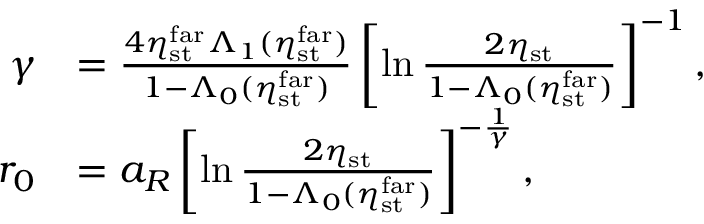
\begin{array} { r l } { \gamma } & { = \frac { 4 \eta _ { \mathrm { s t } } ^ { \mathrm { f a r } } \Lambda _ { 1 } ( \eta _ { \mathrm { s t } } ^ { \mathrm { f a r } } ) } { 1 - \Lambda _ { 0 } ( \eta _ { \mathrm { s t } } ^ { \mathrm { f a r } } ) } \left[ \ln \frac { 2 \eta _ { \mathrm { s t } } } { 1 - \Lambda _ { 0 } ( \eta _ { \mathrm { s t } } ^ { \mathrm { f a r } } ) } \right] ^ { - 1 } , } \\ { r _ { 0 } } & { = a _ { R } \left[ \ln \frac { 2 \eta _ { \mathrm { s t } } } { 1 - \Lambda _ { 0 } ( \eta _ { \mathrm { s t } } ^ { \mathrm { f a r } } ) } \right] ^ { - \frac { 1 } { \gamma } } , } \end{array}